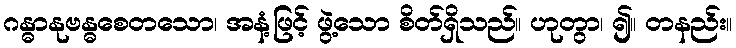
ဂန္ဓာနုဗန္ဓစေတသော၊ အနံ့ဖြင့် ဖွဲ့သော စိတ်ရှိသည်။ ဟုတွာ၊ ၍။ တနည်း။